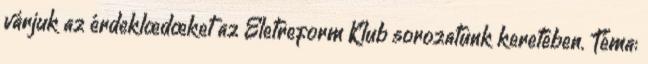
várjuk az érdeklœdœket az Életreform Klub sorozatunk keretében. Téma: